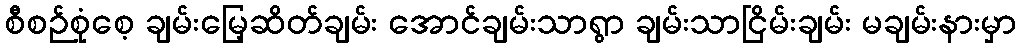
စီစဉ်စုံစေ့ ချမ်းမြေ့ဆိတ်ချမ်း အောင်ချမ်းသာရွာ ချမ်းသာငြိမ်းချမ်း မချမ်းနားမှာ